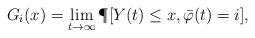
LaTeX: \begin{align*}G_i(x) = \lim_{t \rightarrow \infty} \P[ Y(t) \leq x, \bar\varphi(t)=i],\end{align*}